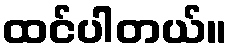
ထင်ပါတယ်။